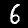
Label: 6